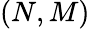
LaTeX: (N,M)